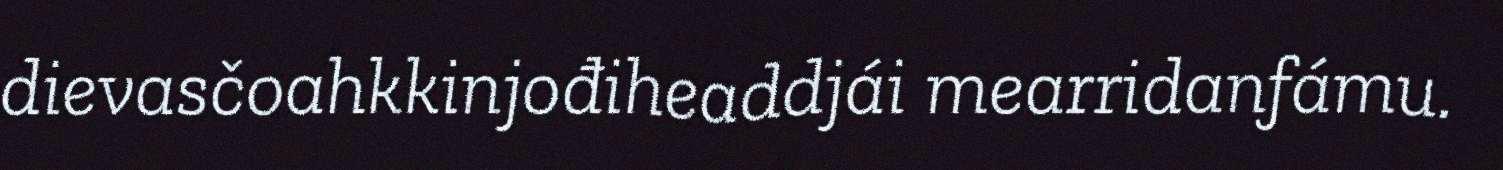
dievasčoahkkinjođiheaddjái mearridanfámu.